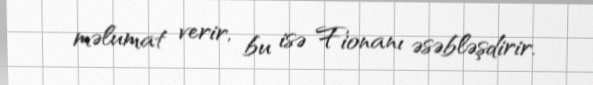
məlumat verir, bu isə Fionanı əsəbləşdirir.